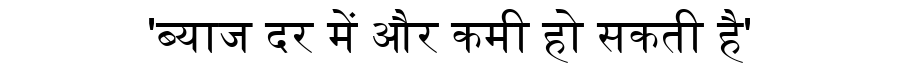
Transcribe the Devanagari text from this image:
'ब्याज दर में और कमी हो सकती है'